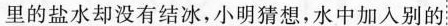
里的盐水却没有结冰，小明猜想，水中加入别的